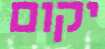
יקום